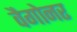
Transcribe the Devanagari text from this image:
वैगोनर